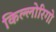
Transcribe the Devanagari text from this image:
किल्लोरिगो